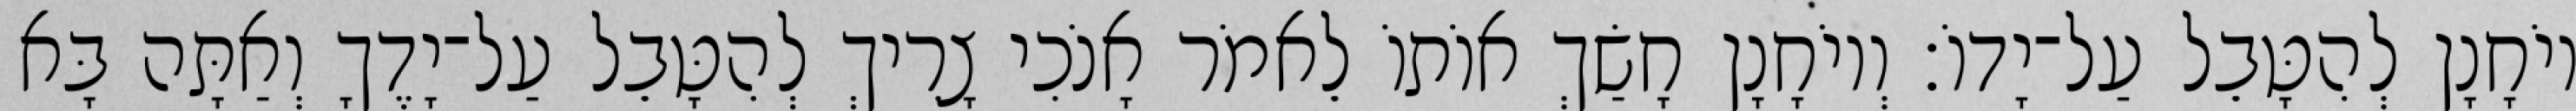
יוֹחָנָן לְהִטָּבֵל עַל־יָדוֹ׃ וְיוֹחָנָן חָשַׂךְ אוֹתוֹ לֵאמֹר אָנֹכִי צָרִיךְ לְהִטָּבֵל עַל־יָדֶךָ וְאַתָּה בָּא